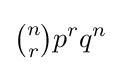
{\tbinom {n}{r}}p^{r}q^{n}\!